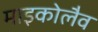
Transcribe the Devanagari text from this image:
माइकोलैव